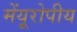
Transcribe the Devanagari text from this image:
मेंयूरोपीय